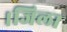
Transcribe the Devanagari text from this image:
।जिला